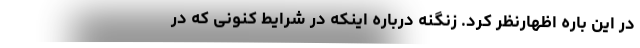
در این باره اظهارنظر کرد. زنگنه درباره اینکه در شرایط کنونی که در